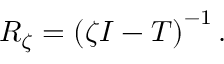
R _ { \zeta } = \left( \zeta I - T \right) ^ { - 1 } .